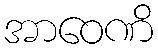
အာဝေဏိ